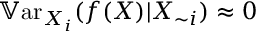
\mathbb { V } \mathrm { a r } _ { X _ { i } } ( f ( X ) | X _ { \sim i } ) \approx 0